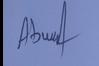
Signature authenticity: forged